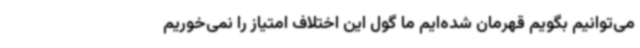
می‌توانیم بگویم قهرمان شده‌ایم ما گول این اختلاف امتیاز را نمی‌خوریم